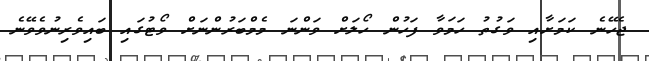
ޖެހޭނެ ކަމަށާއި ވަގުތު ހަމަވާ ފަހުން ހޯލަށް ވަންނަ މެމްބަރުންނަށް ވޯޓުގައި ބައިވެރިނުވެވޭނެ